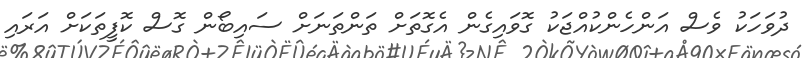
ދުވަހަކު ވެސް އަންހެންކުއްޖަކު ގޮވައިގެން އެގޮތަށް ތަންތަނަށް ސައިބޯން ގޮސް ކޮފީތަކަށް އަރައި